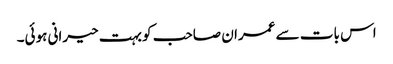
اس بات سے عمران صاحب کو بہت حیرانی ہوئی۔